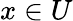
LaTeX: x\in U